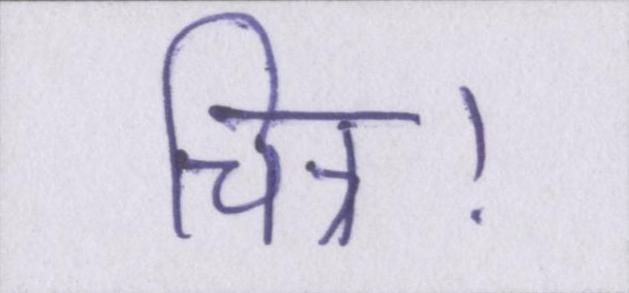
चित्र।